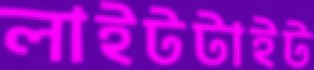
লাইটটাইট